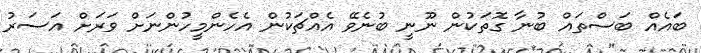
ބައެއް ބަސްތައް ބުނާ ގޮތަކުން ނޫނީ ބުނެވޭ އެއްޗަކުން އެހެންމީހުންނަށް ވަރަށް އަސަރު